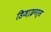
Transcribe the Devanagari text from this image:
डिजा़इनर्स